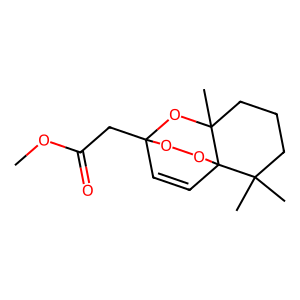
SMILES: COC(=O)CC12C=CC3(OO1)C(C)(C)CCCC3(C)O2
Inhibits HIV replication: No